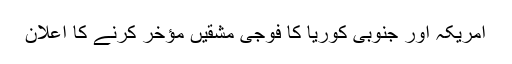
امریکہ اور جنوبی کوریا کا فوجی مشقیں مؤخر کرنے کا اعلان